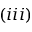
( \romannumeral 3 )